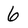
Character: 6